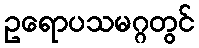
ဥရောပသမဂ္ဂတွင်